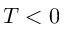
T < 0